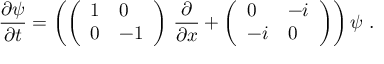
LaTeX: \frac { \partial \psi } { \partial t } = \left( \left( \begin{array} { l l } { { 1 } } & { { 0 } } \\ { { 0 } } & { { - 1 } } \end{array} \right) \, \frac { \partial } { \partial x } + \left( \begin{array} { l l } { { 0 } } & { { - i } } \\ { { - i } } & { { 0 } } \end{array} \right) \right) \psi \ .